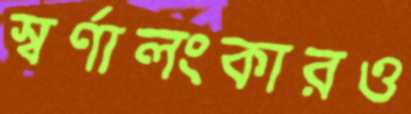
স্বর্ণালংকারও